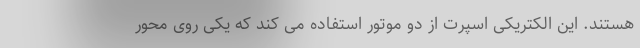
هستند. این الکتریکی اسپرت از دو موتور استفاده می کند که یکی روی محور